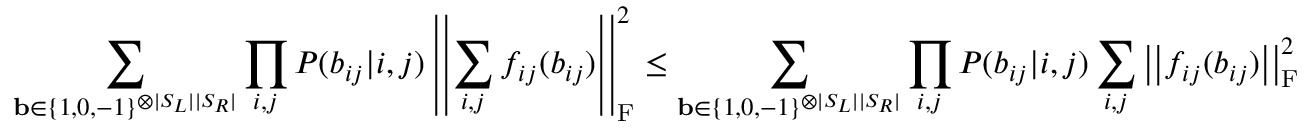
\sum _ { \mathbf { b } \in \{ 1 , 0 , - 1 \} ^ { \otimes | S _ { L } | | S _ { R } | } } \prod _ { i , j } P ( b _ { i j } | i , j ) \left| \left| \sum _ { i , j } f _ { i j } ( b _ { i j } ) \right| \right| _ { \mathrm { F } } ^ { 2 } \le \sum _ { \mathbf { b } \in \{ 1 , 0 , - 1 \} ^ { \otimes | S _ { L } | | S _ { R } | } } \prod _ { i , j } P ( b _ { i j } | i , j ) \sum _ { i , j } \left| \left| f _ { i j } ( b _ { i j } ) \right| \right| _ { \mathrm { F } } ^ { 2 }